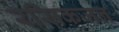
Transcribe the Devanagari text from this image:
रसिकजन